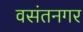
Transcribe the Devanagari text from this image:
वसंतनगर